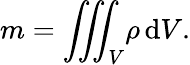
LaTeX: {m}={\iiint_{V}\! \rho\, \mathrm{d}V}.